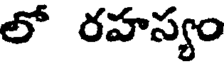
లో రహస్యం